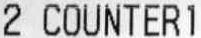
2 COUNTER1